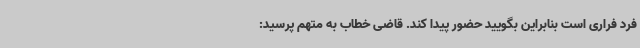
فرد فراری است بنابراین بگویید حضور پیدا کند. قاضی خطاب به متهم پرسید: